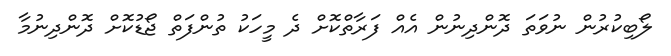
ލޯބިކުރުން ނުވަތަ ދޮންދިނުން އެއް ފަރާތްކޮށް ދެ މީހަކު ތުންފަތް ޖޯޑުކޮށް ދޮންދިނުމާ